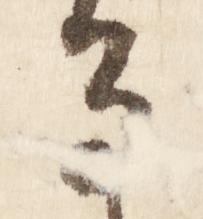
る